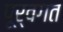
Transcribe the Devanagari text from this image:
पूर्वगत